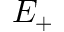
E _ { + }